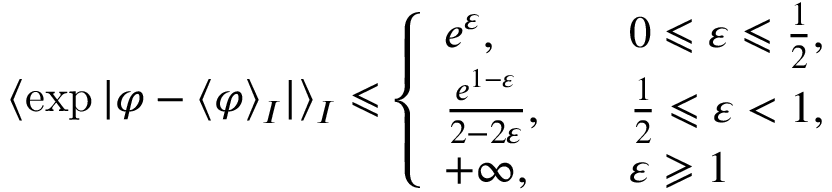
\langle \exp | \varphi - \langle \varphi \rangle _ { I } | \rangle _ { I } \leqslant \left\{ \begin{array} { l l } { e ^ { \varepsilon } , } & { \quad 0 \leqslant \varepsilon \leqslant \frac { 1 } { 2 } , } \\ { \frac { e ^ { 1 - \varepsilon } } { 2 - 2 \varepsilon } , } & { \quad \frac { 1 } { 2 } \leqslant \varepsilon < 1 , } \\ { + \infty , } & { \quad \varepsilon \geqslant 1 } \end{array} \right.